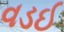
વડઈ